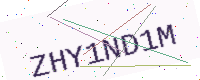
Text: ZHY1ND1M